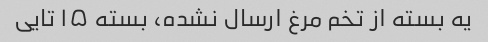
یه بسته از تخم مرغ ارسال نشده، بسته ۱۵ تایی